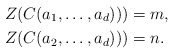
\begin{align*} Z(C(a_1,\ldots,a_d)))&=m,\\ Z(C(a_2,\ldots,a_d)))&=n. \end{align*}